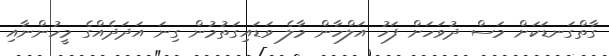
ގާތްގަނޑަކަށް މަސް ދުވަހަށް ފަހު އަލްހާން މާލެ ވަޑައިގަތުމުން ގިނަ އަދަދެއްގެ މީހުންނާއި